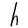
Character: h